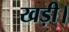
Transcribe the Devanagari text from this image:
खड़ी।